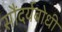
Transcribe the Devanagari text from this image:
सौंदर्यबोधी